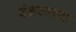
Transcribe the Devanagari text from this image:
दंडयातना